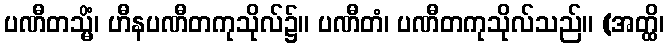
ပဏီတသ္မိံ၊ ဟီနပဏီတကုသိုလ်၌။ ပဏီတံ၊ ပဏီတကုသိုလ်သည်။ (အတ္ထိ၊